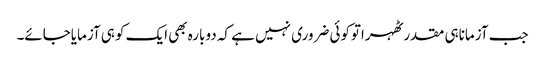
جب آزماناہی مقدرٹھہراتوکوئی ضروری نہیں ہے کہ دوبارہ بھی ایک کوہی آزمایاجائے۔